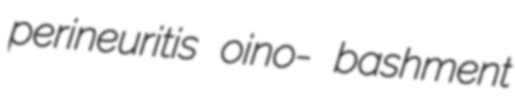
perineuritis oino- bashment